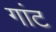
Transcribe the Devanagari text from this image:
गांट